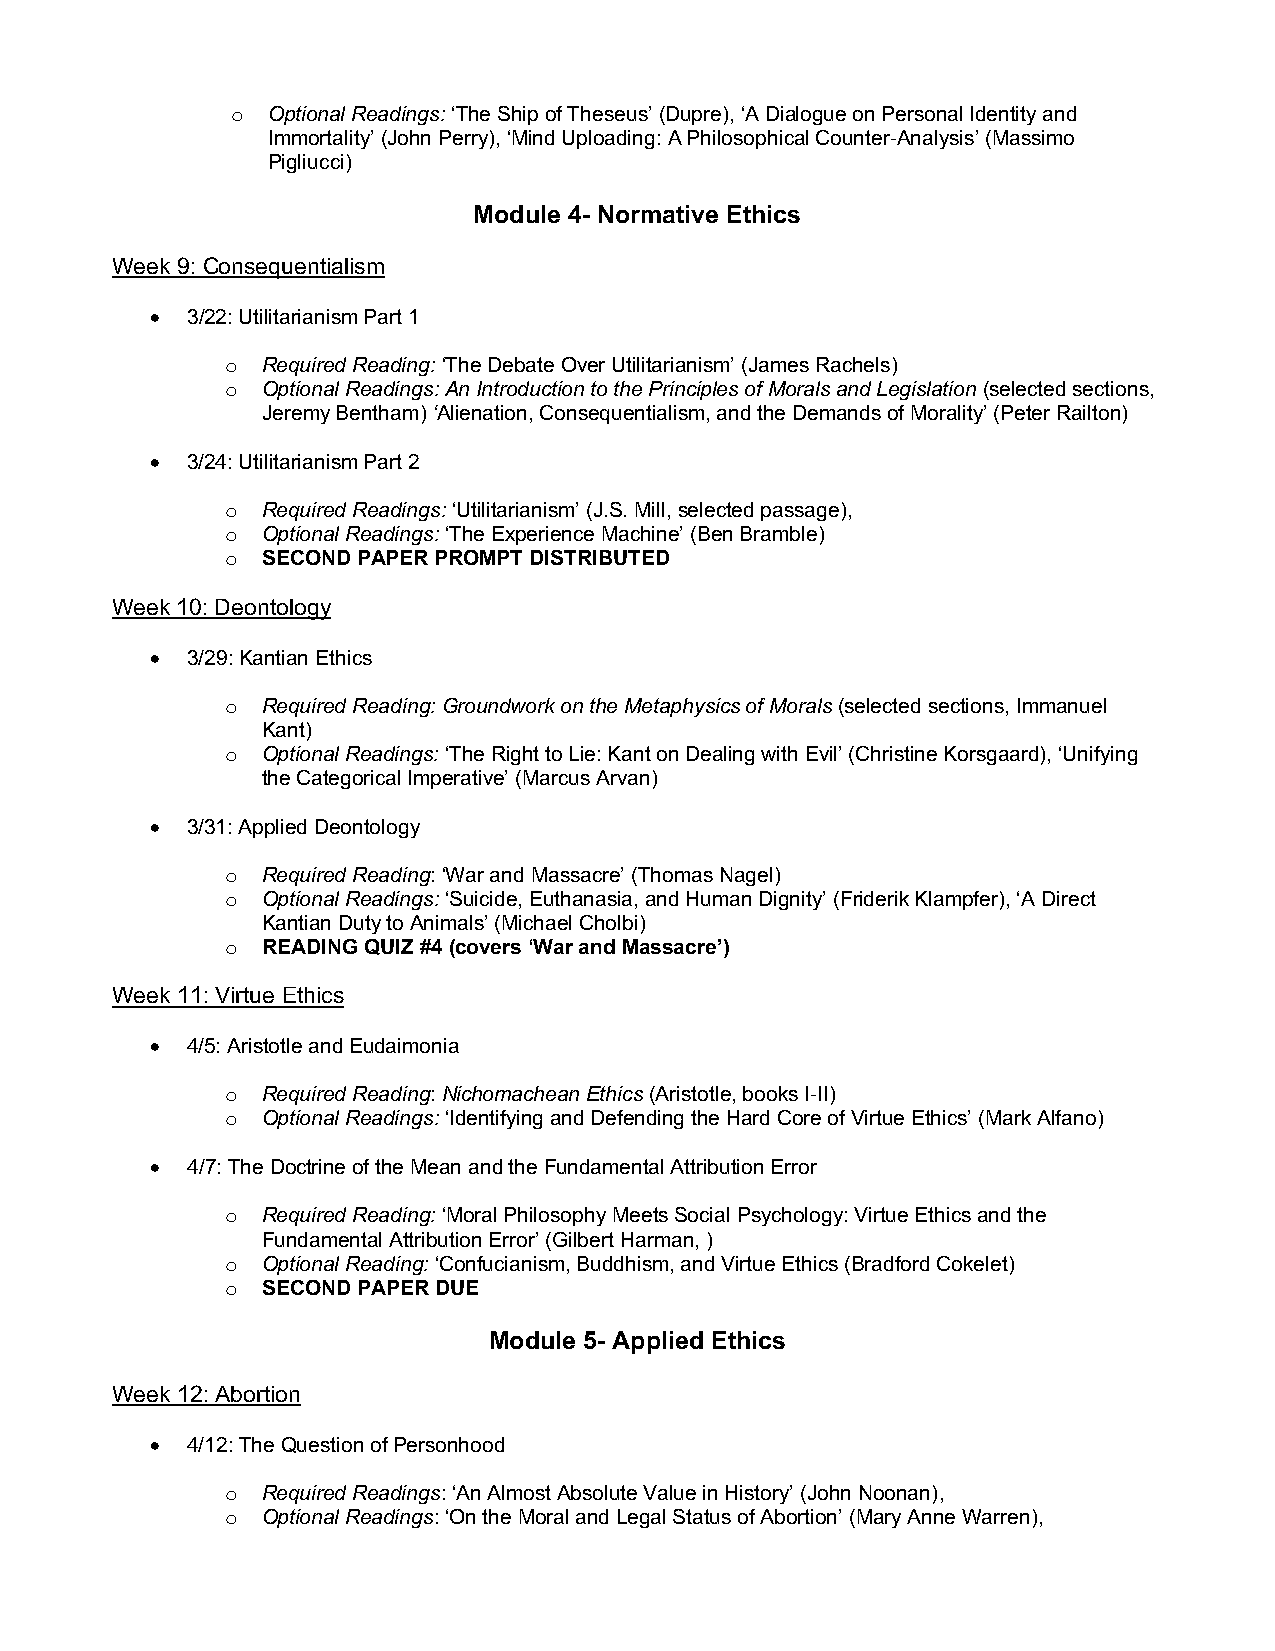
o  Optional Readings: ‘The Ship of Theseus’ (Dupre), ‘A Dialogue on Personal Identity and
 Immortality’ (John Perry), ‘Mind Uploading: A Philosophical Counter-Analysis’ (Massimo
 Pigliucci)
 Module 4- Normative Ethics
 Week 9: Consequentialism
 • 3/22: Utilitarianism Part 1
 o Required Reading: ‘The Debate Over Utilitarianism’ (James Rachels)
 o Optional Readings: An Introduction to the Principles of Morals and Legislation (selected sections,
 Jeremy Bentham) ‘Alienation, Consequentialism, and the Demands of Morality’ (Peter Railton)
 • 3/24: Utilitarianism Part 2
 o Required Readings: ‘Utilitarianism’ (J.S. Mill, selected passage),
 o Optional Readings: ‘The Experience Machine’ (Ben Bramble)
 o SECOND PAPER PROMPT DISTRIBUTED
 Week 10: Deontology
 • 3/29: Kantian Ethics
 o Required Reading: Groundwork on the Metaphysics of Morals (selected sections, Immanuel
 Kant)
 o Optional Readings: ‘The Right to Lie: Kant on Dealing with Evil’ (Christine Korsgaard), ‘Unifying
 the Categorical Imperative’ (Marcus Arvan)
 • 3/31: Applied Deontology
 o Required Reading: ‘War and Massacre’ (Thomas Nagel)
 o Optional Readings: ‘Suicide, Euthanasia, and Human Dignity’ (Friderik Klampfer), ‘A Direct
 Kantian Duty to Animals’ (Michael Cholbi)
 o READING QUIZ #4 (covers ‘War and Massacre’)
 Week 11: Virtue Ethics
 • 4/5: Aristotle and Eudaimonia
 o Required Reading: Nichomachean Ethics (Aristotle, books I-II)
 o Optional Readings: ‘Identifying and Defending the Hard Core of Virtue Ethics’ (Mark Alfano)
 • 4/7: The Doctrine of the Mean and the Fundamental Attribution Error
 o Required Reading: ‘Moral Philosophy Meets Social Psychology: Virtue Ethics and the
 Fundamental Attribution Error’ (Gilbert Harman, )
 o Optional Reading: ‘Confucianism, Buddhism, and Virtue Ethics (Bradford Cokelet)
 o SECOND PAPER DUE
 Module 5- Applied Ethics
 Week 12: Abortion
 • 4/12: The Question of Personhood
 o Required Readings: ‘An Almost Absolute Value in History’ (John Noonan),
 o Optional Readings: ‘On the Moral and Legal Status of Abortion’ (Mary Anne Warren),